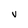
Character: V